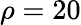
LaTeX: \rho=20